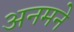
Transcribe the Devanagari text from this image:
अनमने